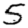
Digit: 5